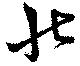
壮